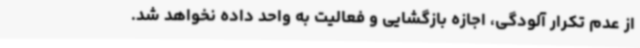
از عدم تکرار آلودگی، اجازه بازگشایی و فعالیت به واحد داده نخواهد شد.